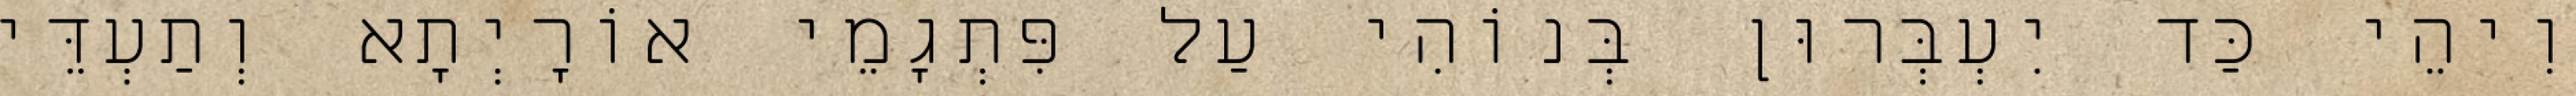
וִיהֵי כַּד יִעְבְּרוּן בְּנוֹהִי עַל פִּתְגָמֵי אוֹרָיְתָא וְתַעְדֵּי